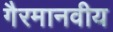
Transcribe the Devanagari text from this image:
गैरमानवीय